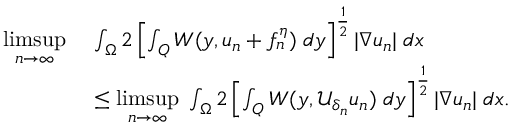
\begin{array} { r l } { \underset { n \to \infty } { \operatorname* { l i m s u p } } \; } & { \int _ { \Omega } 2 \left[ \int _ { Q } W ( y , u _ { n } + f _ { n } ^ { \eta } ) \; d y \right] ^ { \frac { 1 } { 2 } } | \nabla u _ { n } | \; d x } \\ & { \leq \underset { n \to \infty } { \operatorname* { l i m s u p } } \; \int _ { \Omega } 2 \left[ \int _ { Q } W ( y , \mathcal { U } _ { \delta _ { n } } u _ { n } ) \; d y \right] ^ { \frac { 1 } { 2 } } | \nabla u _ { n } | \; d x . } \end{array}